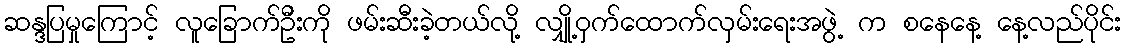
ဆန္ဒပြမှုကြောင့် လူခြောက်ဦးကို ဖမ်းဆီးခဲ့တယ်လို့ လျှို့ဝှက်ထောက်လှမ်းရေးအဖွဲ့ က စနေနေ့ နေ့လည်ပိုင်း